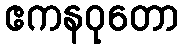
ဧကနဝုတော